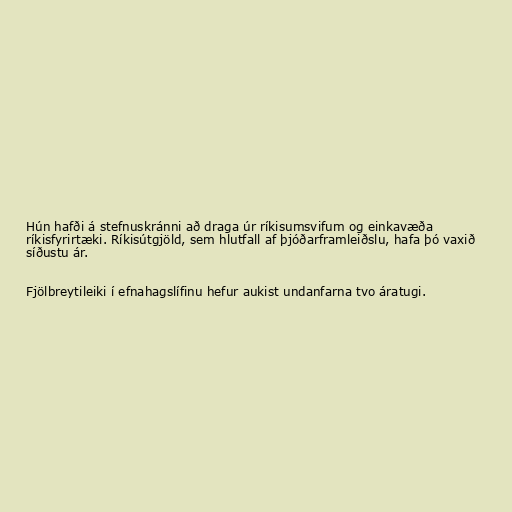
Hún hafði á stefnuskránni að draga úr ríkisumsvifum og einkavæða
ríkisfyrirtæki. Ríkisútgjöld, sem hlutfall af þjóðarframleiðslu, hafa þó vaxið
síðustu ár.

Fjölbreytileiki í efnahagslífinu hefur aukist undanfarna tvo áratugi.